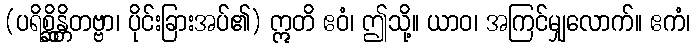
(ပရိစ္ဆိန္တိတဗ္ဗာ၊ ပိုင်းခြားအပ်၏) ဣတိ ဧဝံ၊ ဤသို့။ ယာဝ၊ အကြင်မျှလောက်။ ဧကံ၊